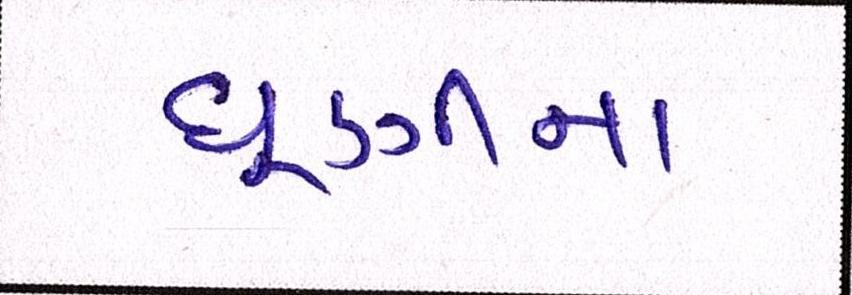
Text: ધૂણીના